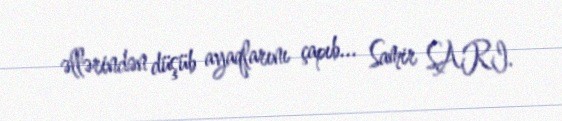
əllərindən düşüb ayaqlarını çapıb... Samir SARI.